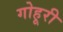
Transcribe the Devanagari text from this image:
गोहूरी